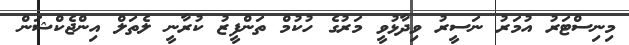
މިނިސްޓަރު އުމަރު ނަސީރު ވިދާޅުވީ މަރުގެ ހުކުމް ތަންފީޒު ކުރާނީ ލެތަލް އިންޖެކްޝަން